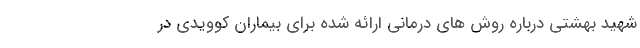
شهید بهشتی درباره روش های درمانی ارائه شده برای بیماران کوویدی در